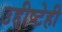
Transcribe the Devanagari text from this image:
उद्दीष्टेही